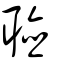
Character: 聽